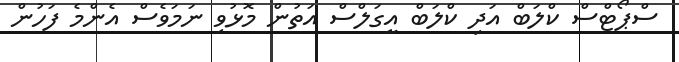
ސްޕޯޓްސް ކްލަބް އަދި ކްލަބް އީގަލްސް އަތުން މޮޅުވި ނަމަވެސް އެންމެ ފަހުން